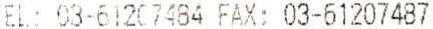
TEL: 03-61207484 FAX: 03-61207487